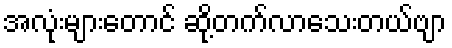
အလုံးများတောင် ဆို့တက်လာသေးတယ်ဗျာ